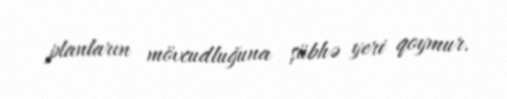
planların mövcudluğuna şübhə yeri qoymur.